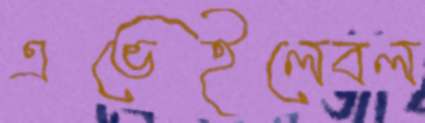
এভেইলেবল